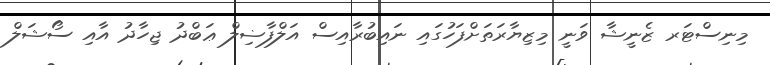
މިނިސްޓަރ ޒެނީޝާ ވަނީ މިޒިޔާރަތަށްފަހުގައި ނައިބުރާއިސް އަލްފާޟިލް ޢަބްދު ޖިހާދު އާއި ސޯޝަލް